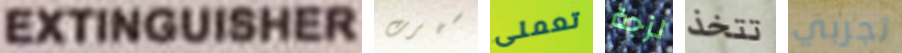
EXTINGUISHER سهرت تعملى لزجة تتخذ تجربي